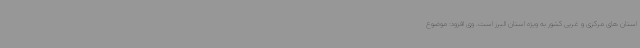
استان های مرکزی و غربی کشور به ویژه استان البرز است. وی افزود: موضوع